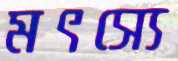
মৎস্যে